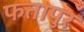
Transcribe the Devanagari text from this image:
फतापुर